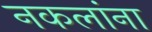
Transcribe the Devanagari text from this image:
नकलांना